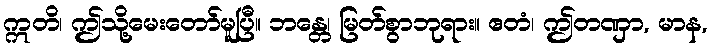
ဣတိ၊ ဤသို့မေးတော်မူပြီ။ ဘန္တေ၊ မြတ်စွာဘုရား။ ဧတံ၊ ဤတဏှာ, မာန,